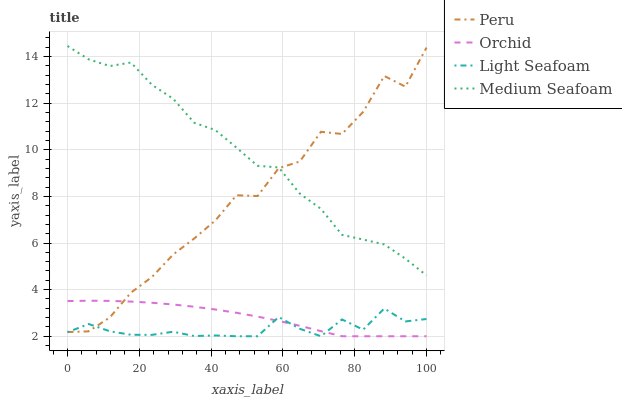
| xaxis_label | Peru | Orchid | Light Seafoam | Medium Seafoam |
 | --- | --- | --- | --- | --- |
 | 0 | 2.18 | 3.51 | 2.17 | 14.5 |
 | 5.88 | 2.21 | 3.52 | 2.53 | 13.9 |
 | 11.8 | 2.81 | 3.52 | 2.21 | 13.6 |
 | 17.6 | 3.87 | 3.49 | 2.06 | 13.7 |
 | 23.5 | 4.54 | 3.44 | 2.06 | 12.8 |
 | 29.4 | 5.51 | 3.36 | 2.19 | 12.2 |
 | 35.3 | 6.19 | 3.27 | 2.01 | 11.2 |
 | 41.2 | 6.97 | 3.15 | 2.03 | 10.8 |
 | 47.1 | 8.05 | 3.01 | 2 | 10.1 |
 | 52.9 | 8.02 | 2.84 | 2 | 9.31 |
 | 58.8 | 9.21 | 2.66 | 2.83 | 9.24 |
 | 64.7 | 9.5 | 2.45 | 2.32 | 8.12 |
 | 70.6 | 10.8 | 2.22 | 2 | 7.47 |
 | 76.5 | 10.7 | 2 | 2.72 | 6.35 |
 | 82.4 | 11.6 | 2 | 2.28 | 6.15 |
 | 88.2 | 13.2 | 2 | 3.19 | 5.94 |
 | 94.1 | 12.7 | 2 | 2.64 | 5.33 |
 | 100 | 14.4 | 2 | 2.74 | 4.61 |